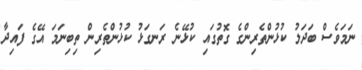
ނަމަވެސް ބަދަލު ކުޅުންތެރިންގެ ގޮތުގައި ކުޅޭނެ ރަނގަޅު ކުޅުންތެރިން ތިބިނަމަ އޭގެ ފައިދާ